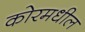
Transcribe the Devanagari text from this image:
कोरमधील